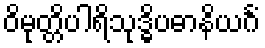
ဝိမုတ္တိပါရိသုဒ္ဓိပဓာနိယင်္ဂံ